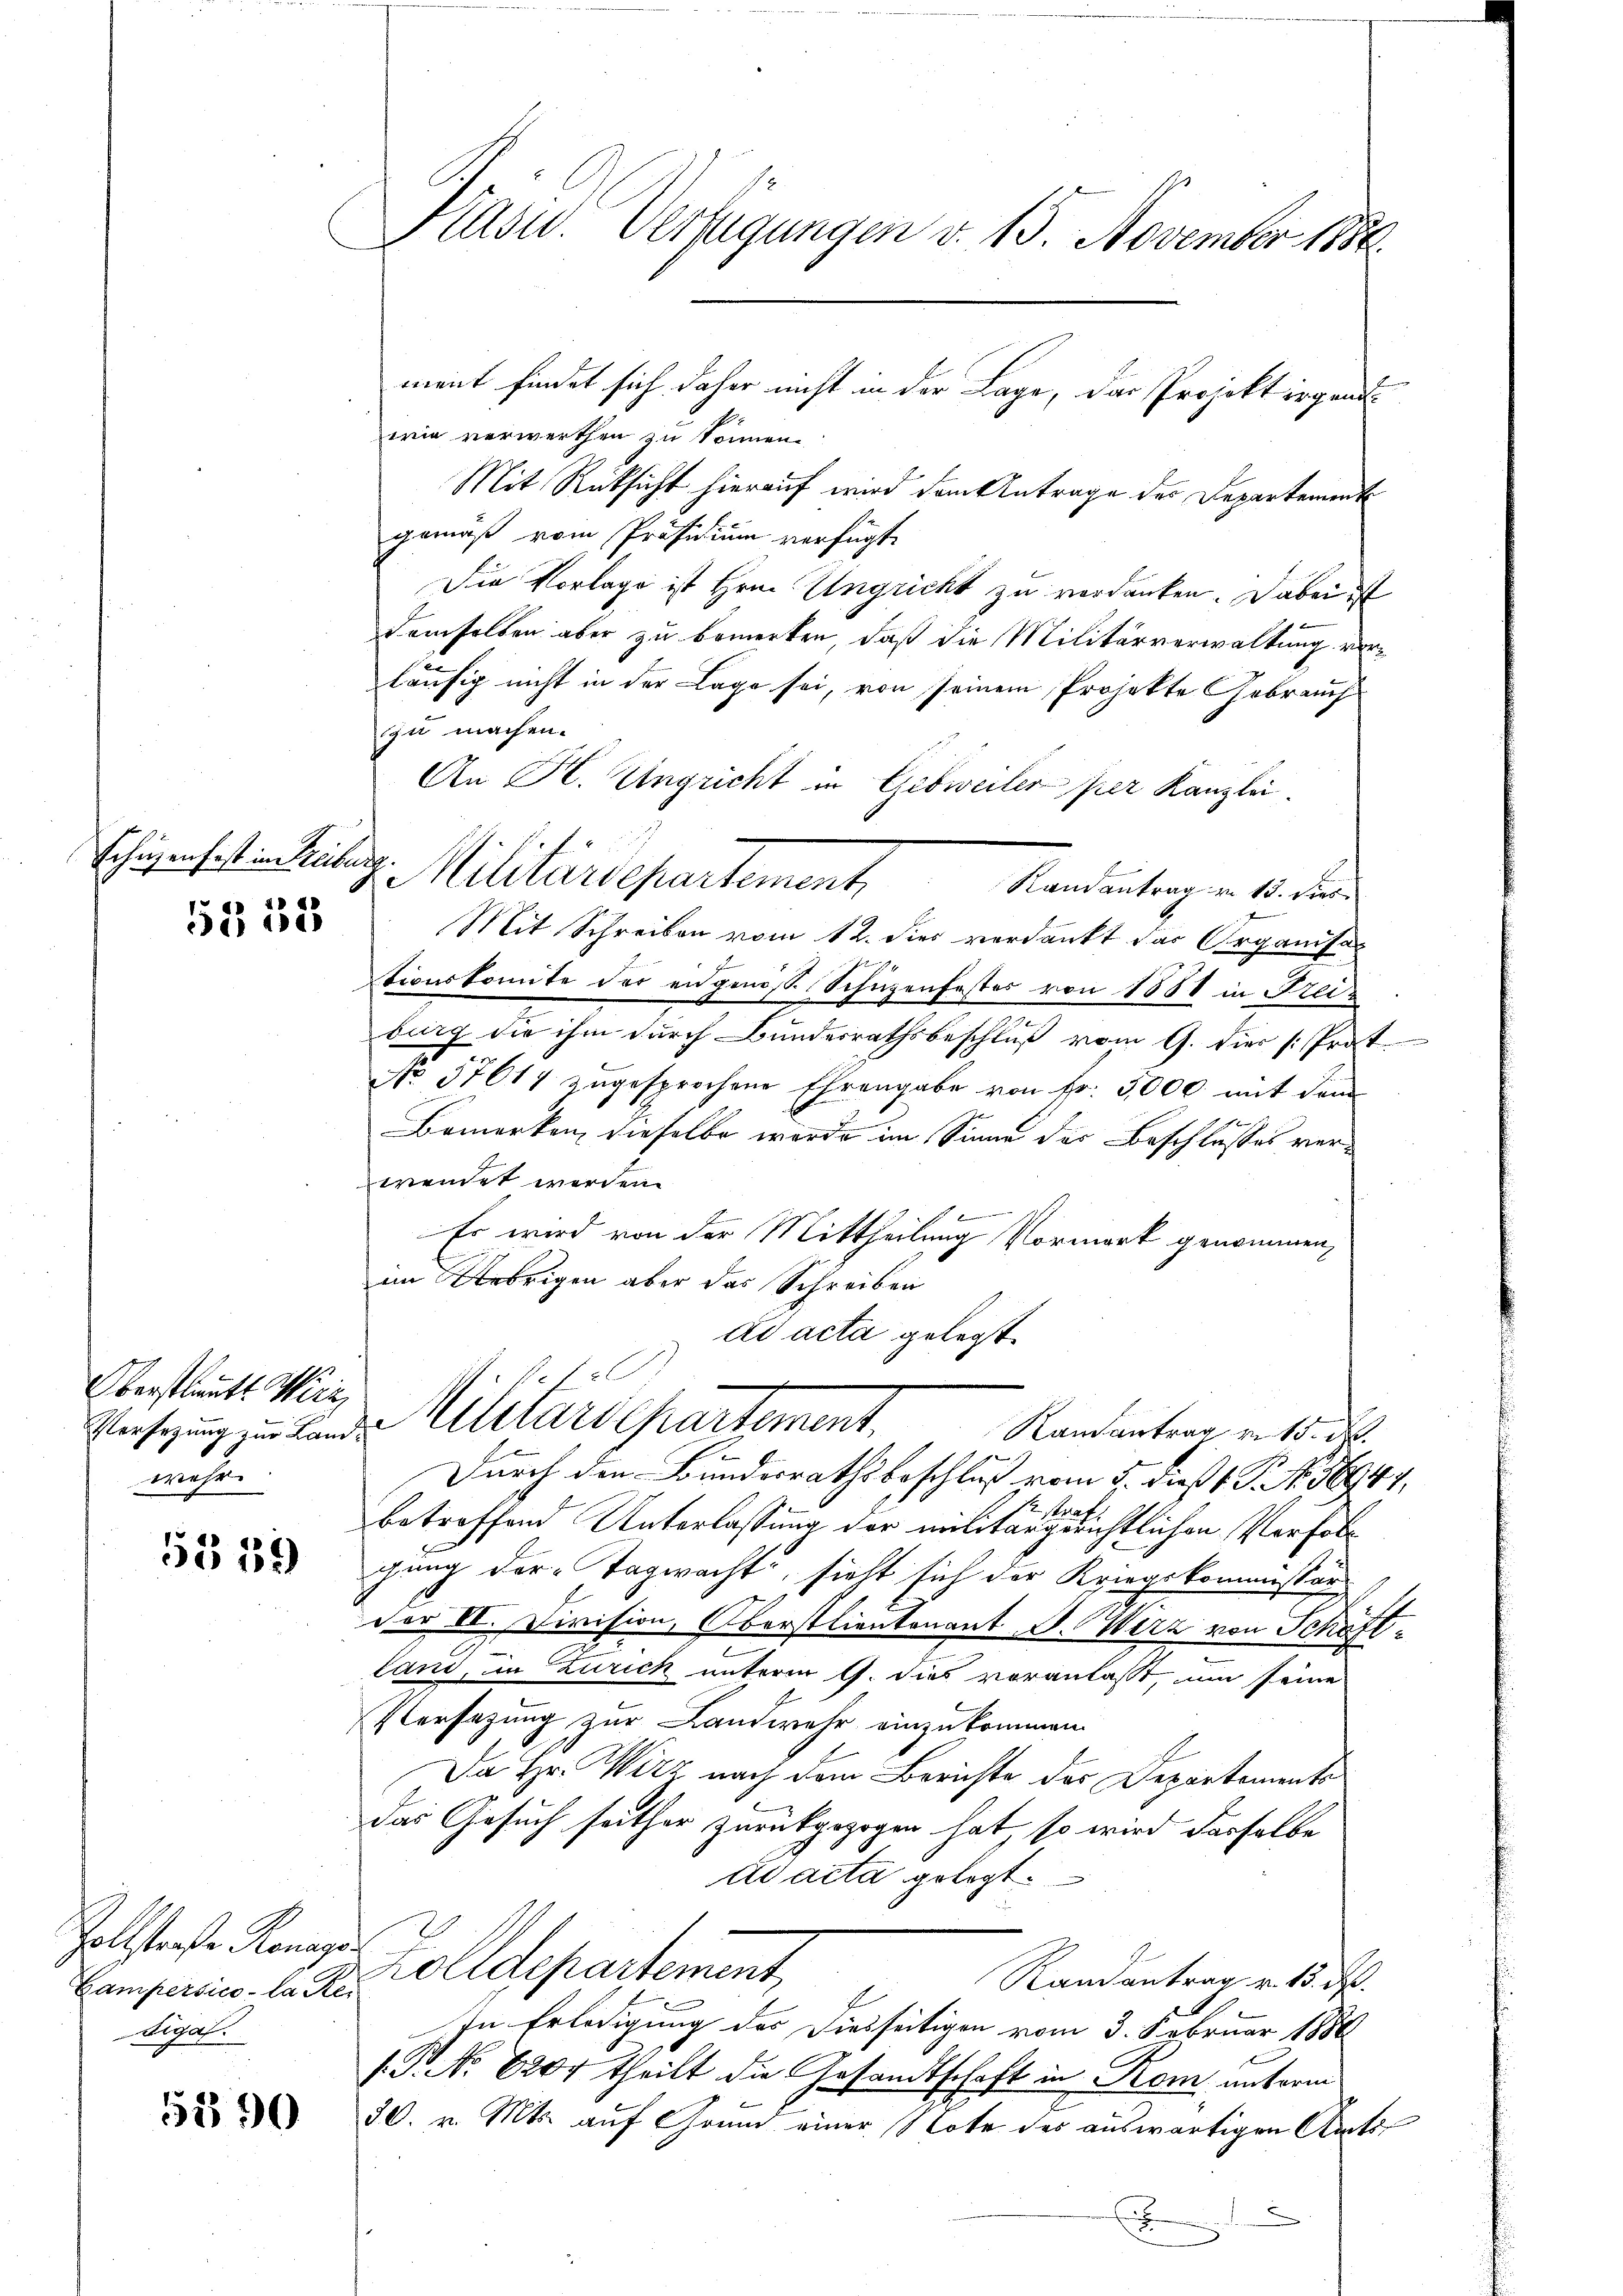
Schäzenfest in Freiburg.

4
5303

Oberstlieutt Wirz,
wehr

5559

Zollstraße Konzes
Campersico - la Rei
Asaf

5390

Krasw. Verfügungen v. 15. November 1888.

wie verwerthen zu können.
Mit Rücksicht hierauf wird dem Antrage des Departement
gemäß vom Präsidium verfügt:
Die Vorlage ist Hrn. Ungricht zu verdanken. Dabei ist
demselben aber zu bemerken, daß die Militärverwaltung vorläufig nicht in der Lage sei, von seinem Projekte Gebrauch
zu machen.
An H. Ungricht in Gibweiler per Kanzlei.
d
Militärdepartement,
Randantrag zu 15. dies
Mit Schreiben vom 12. dies verdankt der Organisa
tionskomite der angenoss. Schüzenfestes von 1881 in Freidurg die ihm durch Bundesrathsbeschluß vom 9. die Prot.
No 57617 zugesprochene Ehrengabe von Fr. 5000 mit dem
Bemerken, dieselbe wurde im Sinne des Beschlusses verwendet werden.
Es wird von der Mittheilung Vormerk genommen,
im Uebrigen aber das Schreiben
ad acta gelegt.

f
Versezung zu Land Militärdepartement.
Ramantrag v. 15. d.

f
Durch den Bundesrathsbeschluß vom 5. dieß 1 S. Nr. 36944,
M. stre
betreffend Unterlassung der militärgerichtlichen Verfolg
gung der Tagwacht, sieht sich der Kriegskommissär
der II. Division, Oberstlientenant J. Wirz von Schaftland, in Zürich unterm 9. dies voranlaßt, um seine
Versatzung zur Landwehr einzukommen.
Da Hr. Wirz nach dem Berichte des Departements
das Gesuch seither zurückgezogen hat, so wird dasselbe
Ad acta gelegt.
Zolldepartement,
Randantrag v. 13. d.
In Erledigung des Diesseitigen vom 3. Februar 1886
(.P. No 6204 theilt die Gesandtschaft in Rom unterm
30. v. Mts. auf Grund einer Note des auswärtigen Amts
.

ment findet sich daher nicht in der Lage, das Projekt irgend